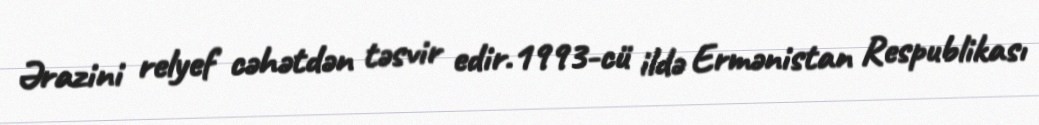
Ərazini relyef cəhətdən təsvir edir.1993-cü ildə Ermənistan Respublikası